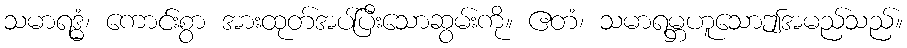
သမာရဒ္ဓံ၊ ကောင်းစွာ အားထုတ်အပ်ပြီးသောဆွမ်းကို။ ဧတံ၊ သမာရမ္ဘဟူသောဤအမည်သည်။